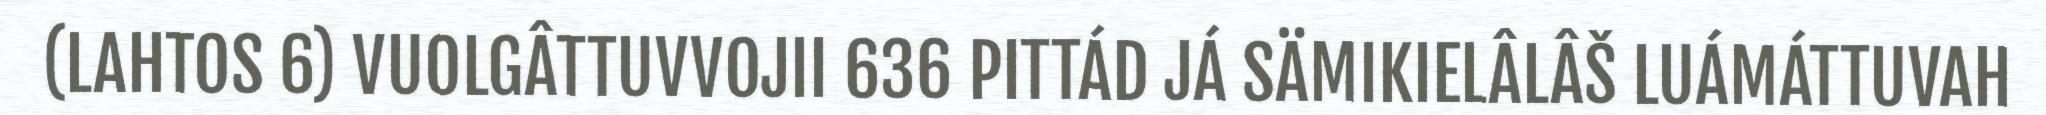
(LAHTOS 6) VUOLGÂTTUVVOJII 636 PITTÁD JÁ SÄMIKIELÂLÂŠ LUÁMÁTTUVAH